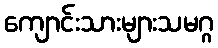
ကျောင်းသားများသမဂ္ဂ